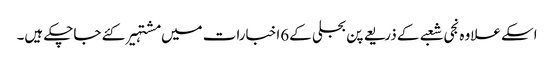
اسکے علاوہ نجی شعبے کے ذریعے پن بجلی کے6اخبارات میں مشتہیر کئے جاچکے ہیں۔